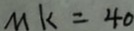
M K = 4 0